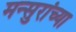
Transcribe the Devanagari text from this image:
मन्सुरांच्या